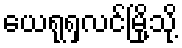
ယေရုရှလင်မြို့သို့